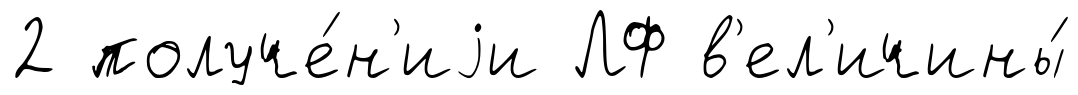
2 получе́н'иjи ЛФ в'ел'ичины́